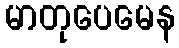
မာတုပေမေန